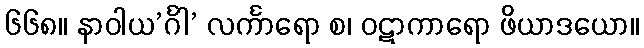
၆၆၈။ နာဝါယ’င်္ဂါ’ လင်္ကာရော စ၊ ဝဋာကာရော ဖိယာဒယော။